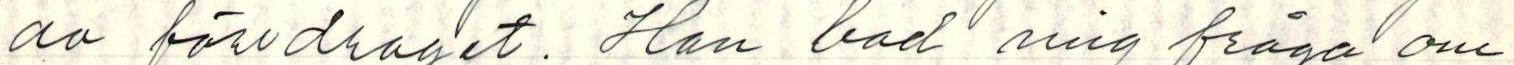
av föredraget. Han bad mig fråga om